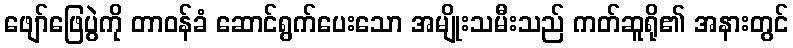
ဖျော်ဖြေပွဲကို တာဝန်ခံ ဆောင်ရွက်ပေးသော အမျိုးသမီးသည် ကတ်ဆူရို၏ အနားတွင်